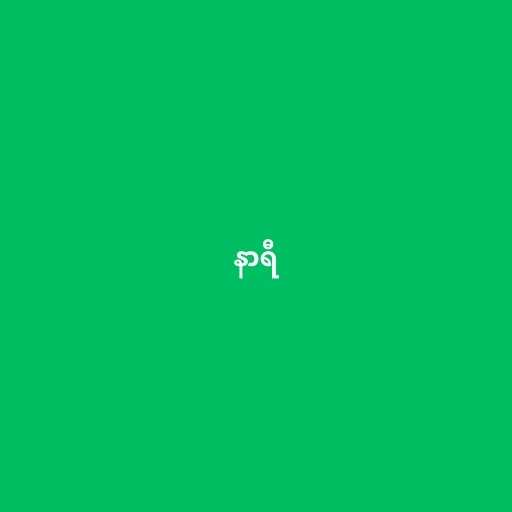
နာရီ